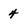
Character: 4